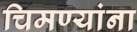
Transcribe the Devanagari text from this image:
चिमण्यांना